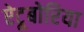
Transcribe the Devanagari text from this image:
ऐटूबोरिया